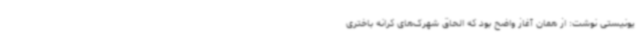
یونیستی نوشت: از همان آغاز واضح بود که الحاق شهرک‌های کرانه باختری